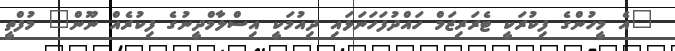
"އެ މީހުންގެ ފިކުރަކީ ޓެރަރިޒަމް ހައްދުފަހަނަޅައި ދިއުމަކީ އިސްލާމްދީނުގެ ފިކުރެއް ނޫން" މުފްތީ